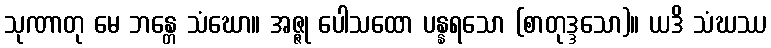
သုဏာတု မေ ဘန္တေ သံဃော။ အဇ္ဇု ပေါသထော ပန္နရသော (စာတုဒ္ဒသော)။ ယဒိ သံဃဿ